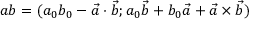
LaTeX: a b = ( a _ { 0 } b _ { 0 } - { \vec { a } } \cdot { \vec { b } } ; a _ { 0 } { \vec { b } } + b _ { 0 } { \vec { a } } + { \vec { a } } \times { \vec { b } } )